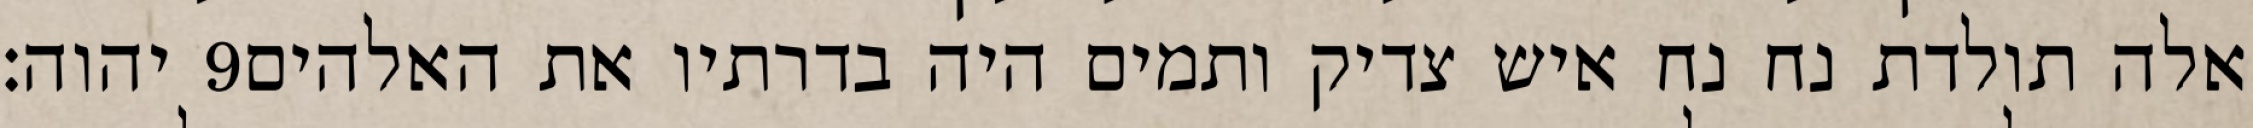
יהוה׃ ‎9‏ אלה תולדת נח נח איש צדיק ותמים היה בדרתיו את האלהים